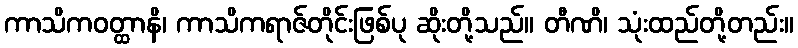
ကာသိကဝတ္ထာနိ၊ ကာသိကရာဇ်တိုင်းဖြစ်ပု ဆိုးတို့သည်။ တီဏိ၊ သုံးထည်တို့တည်း။